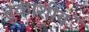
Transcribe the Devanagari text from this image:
तुकाशीयं